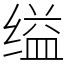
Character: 缢